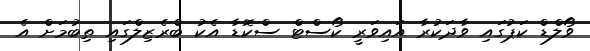
ވޯލްޑް ކަޕުގައި ވާދަކުރާ އައިވަރީ ކޯސްޓް ސްކޮޑާ އެކު ބްރެޒިލްގައި ތިބުމަށް އެ